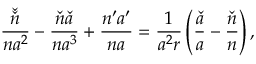
\frac { \check { \check { n } } } { n a ^ { 2 } } - \frac { \check { n } \check { a } } { n a ^ { 3 } } + \frac { n ^ { \prime } a ^ { \prime } } { n a } = \frac { 1 } { a ^ { 2 } r } \left( \frac { \check { a } } { a } - \frac { \check { n } } { n } \right) ,